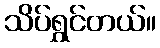
သိပ်ရွှင်တယ်။